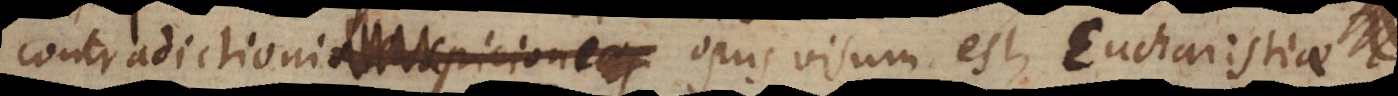
contradictioni opus visum est, Eucharistiae